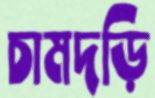
চামদড়ি